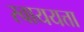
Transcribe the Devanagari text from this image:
स्वाययत्ता